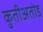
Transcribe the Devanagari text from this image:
कुतीअतोड